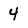
Character: 4